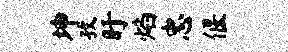
坤孜盱焰忠偃